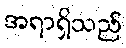
အရာရှိသည်